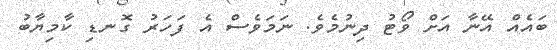
ބައެއް އޭނާ އަށް ވޯޓު ދިނުމެވެ. ނަމަވެސް އެ ފަހަރު ގޮނޑި ކާމިޔާބު